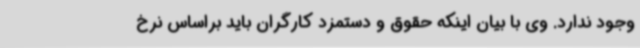
وجود ندارد. وی با بیان اینکه حقوق و دستمزد کارگران باید براساس نرخ